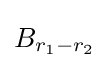
B_{r_{1}-r_{2}}